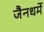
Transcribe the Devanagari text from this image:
जैनधर्मे